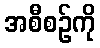
အစီစဉ်ကို